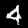
Digit: 4